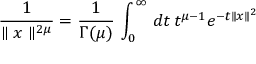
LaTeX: \frac { 1 } { \parallel x \parallel ^ { 2 \mu } } = \frac { 1 } { \Gamma ( \mu ) } \, \int _ { 0 } ^ { \infty } \, d t \, t ^ { \mu - 1 } e ^ { - t \parallel x \parallel ^ { 2 } }